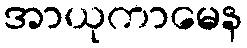
အာယုကာမေန